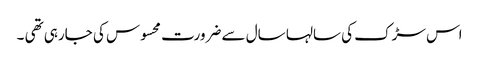
اس سڑک کی سالہا سال سے ضرورت محسوس کی جارہی تھی ۔